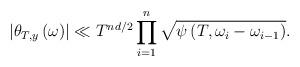
LaTeX: \begin{align*}\left|\theta_{T,y}\left(\omega\right)\right|\ll T^{nd/2}\prod_{i=1}^{n}\sqrt{\psi\left(T,\omega_{i}-\omega_{i-1}\right)}.\end{align*}